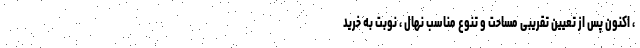
، اکنون پس از تعیین تقریبی مساحت و تنوع مناسب نهال ، نوبت به خرید